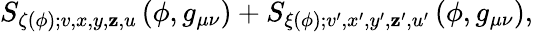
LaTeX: S_{\zeta(\phi);v,x,y,\mathbf{z},u}\left(\phi,g_{\mu\nu}\right)+S_{\xi(\phi);v^{\prime},x^{\prime},y^{\prime},\mathbf{z}^{\prime},u^{\prime}}\left(\phi,g_{\mu\nu}\right),